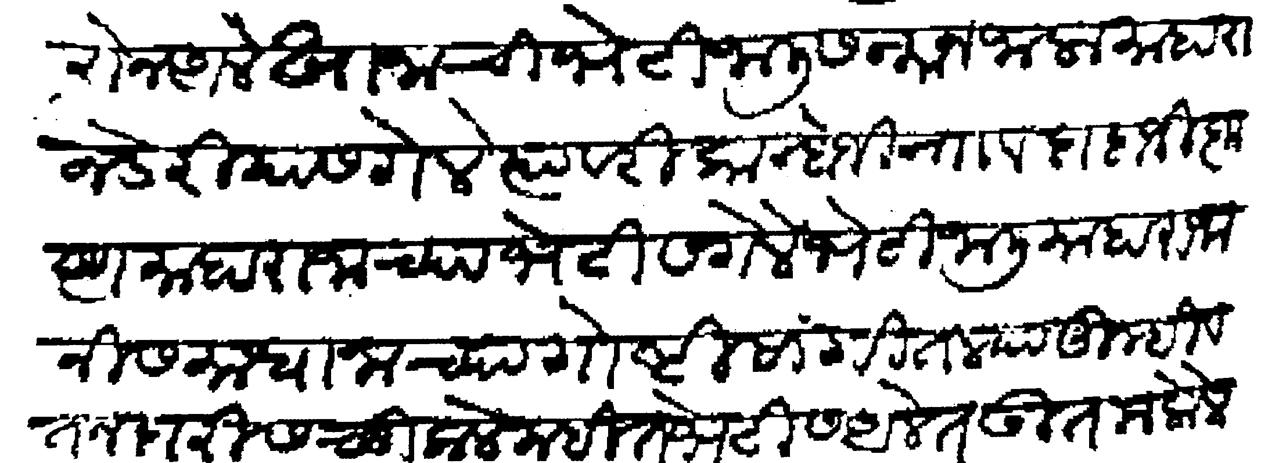
Transliteration (Devanagari): उतरोन आले खानाची भेटी जाली सन्मान जाला माहाराज डेरीयास गेले त्यावरी कान्होजी नाा व दादाजी कृष्ण माहाराजाच्या भेटीस गेले भेटी जाली माहाराजानी समाधानाच्या गोष्टी सांगितल्या तुम्ही वतनदारीस चुकले नाहीत भेटीस आलेत उतम केले